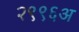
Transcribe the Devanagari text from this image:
२९९६अ